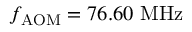
f _ { \mathrm { A O M } } = 7 6 . 6 0 ~ \mathrm { M H z }